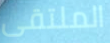
الملتقى